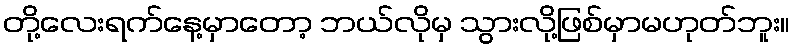
တို့လေးရက်နေ့မှာတော့ ဘယ်လိုမှ သွားလို့ဖြစ်မှာမဟုတ်ဘူး။